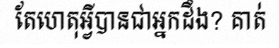
តែហេតុអ្វីបានជាអ្នកដឹង? គាត់